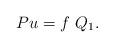
LaTeX: \begin{align*}P u=f \,\,Q_1.\end{align*}